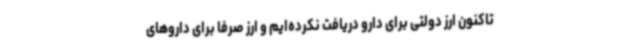
تاکنون ارز دولتی برای دارو دریافت نکرده‌ایم و ارز صرفا برای داروهای